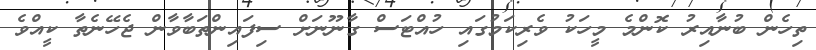
ތިހެން ބުނާއިރު ކޮންމެ މީހަކު ވެރިކަމުގައި ހުއްޓަސް ގާނޫނަށް ސިފައިންތަބާވާން ޖެހޭނެތާ ކީއްވެ